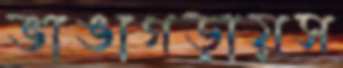
ভাঙাগড়ায়স